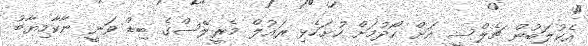
އެކުލަބުން ޗެލްސީ އަށް ހޯދުމަށް ހުށަހެޅި ރައުލް މެރީލޭސްގެ ބިޑް ވަނީ ނާކާމިޔާބު